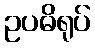
ဥပဓိရုပ်